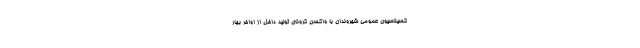
کسیناسیون عمومی شهروندان با واکسن کرونای تولید داخل از اواخر بهار